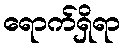
ရောက်ရှိရာ